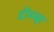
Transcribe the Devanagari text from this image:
दीस्म्ब्र्‍र